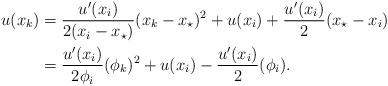
\begin{align*}\begin{aligned}u(x_{k}) &= \frac{u^\prime(x_i)}{2(x_{i}-x_\star)}(x_{k}-x_\star)^2 + u(x_i) + \frac{u^\prime(x_i)}{2}(x_\star-x_i) \\&= \frac{u^\prime(x_i)}{2\phi_{i}}(\phi_{k})^2 + u(x_i) - \frac{u^\prime(x_i)}{2}(\phi_i). \end{aligned}\end{align*}